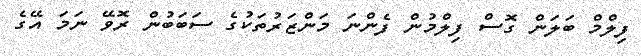
ފިލްމް ބަލަން ގޮސް ފިލްމުން ފެންނަ މަންޒަރުތަކުގެ ސަބަބުން ރޮވޭ ނަމަ އޭގެ